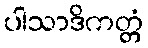
ပါသာဒိကတ္တံ